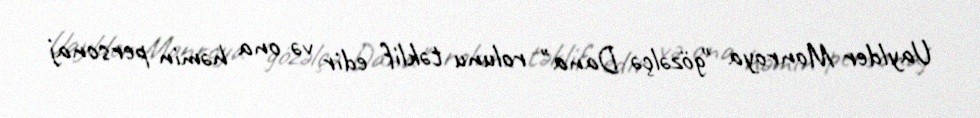
Uaylder Monroya "gözəlçə Dana" rolunu təklif edir və ona həmin personaj